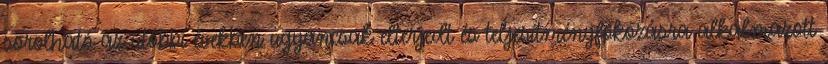
sorolható az utóbbi években ugyancsak elterjedt és teljesítményfokozásra alkalmazott